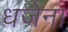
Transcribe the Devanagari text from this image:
धजेना